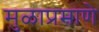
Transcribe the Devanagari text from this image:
मुळाप्रमाणे